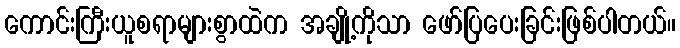
ကောင်းကြီးယူစရာများစွာထဲက အချို့ကိုသာ ဖော်ပြပေးခြင်းဖြစ်ပါတယ်။